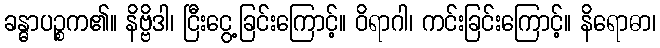
ခန္ဓာပဉ္စက၏။ နိဗ္ဗိဒါ၊ ငြီးငွေ့ခြင်းကြောင့်။ ဝိရာဂါ၊ ကင်းခြင်းကြောင့်။ နိရောဓာ၊